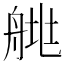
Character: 𦩄